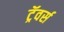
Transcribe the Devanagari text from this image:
ट्रॅवर्स